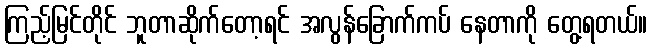
ကြည့်မြင်တိုင် ဘူတာဆိုက်တော့ရင် အလွန်ခြောက်ကပ် နေတာကို တွေ့ရတယ်။